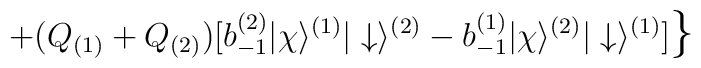
+(Q_{(1)}+Q_{(2)})[b_{-1}^{(2)}|\chi\rangle^{(1)}|\downarrow\rangle^{(2)}-b_{-1}^{(1)}|\chi\rangle^{(2)}|\downarrow\rangle^{(1)}]\mbox{\Large{\}}}